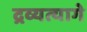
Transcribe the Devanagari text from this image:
द्रव्यत्यागे